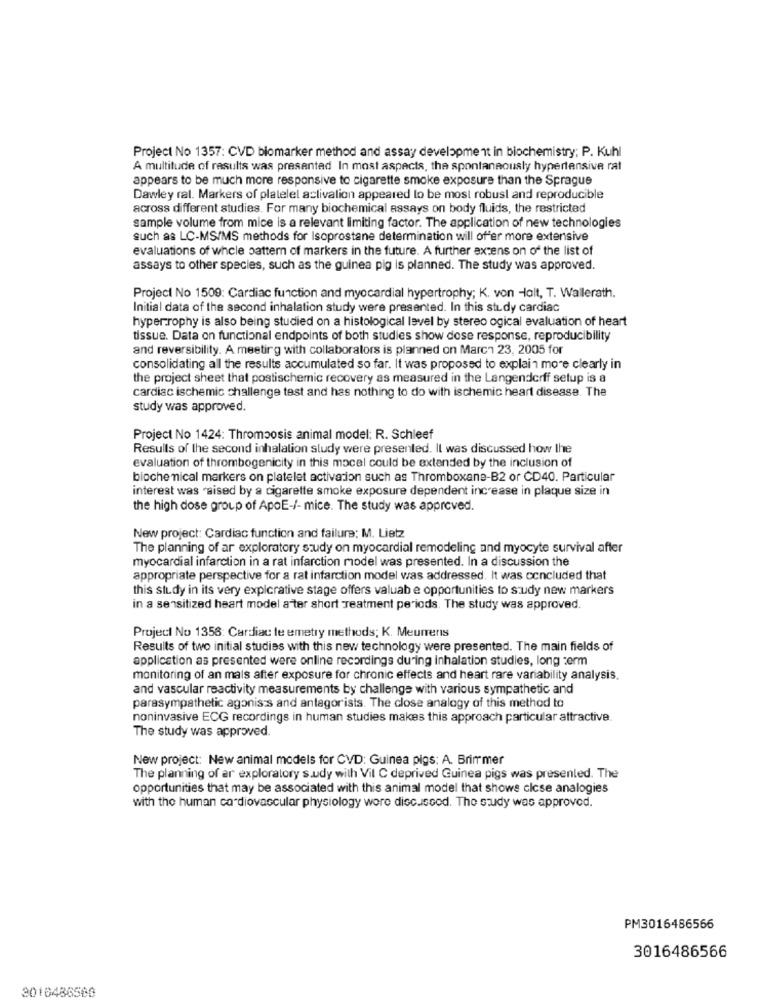
Project No 1357: CVD biomarker method and assay development in biochemistry; P. Kuhl
A multitude of results was presented In most aspects, the spontaneously hypertensive rat
appears to be much more responsive to cigarette smoke exposure than the Sprague
Dawley ral. Markers of platelet activalion appeared to be most robust and reproducible
across different studies. For many biochemical assays on body fluids, the restricted
sample volume from mice is a relevant limiting factor. The application of new technologies
such as LC-MS/MS methods for Isoprostane determination will offer more extensive
evaluations of whole pattern of markers in the future. A further axtens on of the list of
assays to other species, such as the guinea pig is planned. The study was approved.
Project No 1509: Cardiac function and myocardial hypertrophy; K. von -lolt, T. Wallerath.
Initial data of the second inhalation study were presented. In this study cardiac
hyper-rophy is also being studied on a histological level by stereo ogical evaluation of heart
tissue. Data on functional endpoints of both studies show dose response, reproducibility
and reversibility. A meeting with collaborators is planned on March 23, 2005 for
consolidating all the results accumulated so far. It was proposed to explain more clearly in
the project sheet that postischemic recovery as measured in the Langendorff setup is a
cardiac ischemic challenge test and has nothing to do with ischemic heart disease. The
study was approved.
Project No 1424: Thrombosis animal model: R. Schleef
Results of the second inhalation study were presented. Il was discussed how the
evaluation of thrombogenicity in this mocel could be extended by the inclusion of
biochemical markers on platelet activation such as Thromboxane-B2 or CD40. Particular
interest was raised by a cigarette smoke exposure dependent increase in plaque size in
the high dose group of ApoE-/- mice. The study was approved.
New project: Cardiac function and failure: M. Lietz
The planning of ar exploratory study on myocardial remodeling and myocyte survival after
myocardial infarction in a rat infarction model was presented. In a discussion the
appropriate perspective for a rat infarction model was addressed. It was concluded that
this study in its very explorative stage offers valuab e opportunities to study new markers
in a sensitized heart model a ter short Treatment periods. The study was approved.
Project No 1358: Cardiac te emetry methods; K. Meurrens
Results of two initial studies with this new technology were presented. The main fields of
application as presented were online recordings during inhalation studies, long term
monitoring of an mals after exposure for chronic effects and heart rare variability analysis.
and vascular reactivity measurements by challenge with various sympathetic and
parasympathetic agonis's and antagorists. The close analogy of this method to
noninvasive ECG recordings in human studies makes this approach particular attractive
The study was approved.
New project: New animal models for CVD: Guinea pigs: A. Brimmer
The planning of ar exploratory s.udy with Vil C deprived Guinea pigs was presented. The
opportunities that may be associated with this animal model that shows close analogies
with the human cardiovascular physiology wore discussod. The study was approved.
PM3016486566
3016486566
3016486500